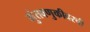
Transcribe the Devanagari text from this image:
गुंतवणुकीवरची